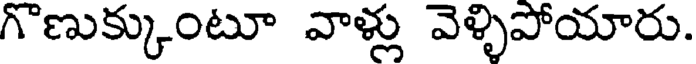
గొణుక్కుంటూ వాళ్లు వెళ్ళిపోయారు.